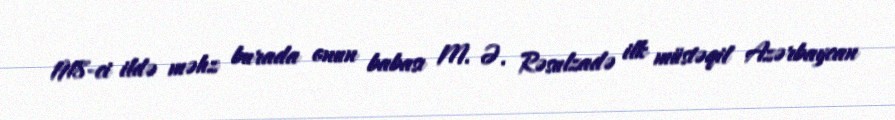
1918-ci ildə məhz burada onun babası M. Ə. Rəsulzadə ilk müstəqil Azərbaycan